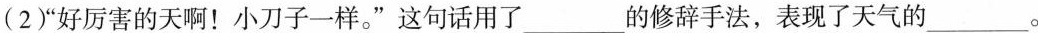
(2) “好厉害的天啊！”小刀子一样。“这句话用了___的修辞手法，表现了天气的